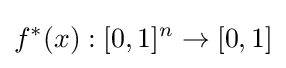
f^{*}(x):[0,1]^{n}\rightarrow [0,1]